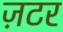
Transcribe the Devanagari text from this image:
ज़टर